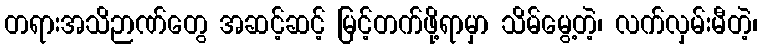
တရားအသိဉာဏ်တွေ အဆင့်ဆင့် မြင့်တက်ဖို့ရာမှာ သိမ်မွေ့တဲ့၊ လက်လှမ်းမီတဲ့၊